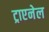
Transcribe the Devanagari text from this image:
ट्राएनेल